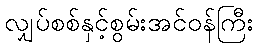
လျှပ်စစ်နှင့်စွမ်းအင်ဝန်ကြီး